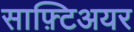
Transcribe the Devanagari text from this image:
साफ़्टिअयर